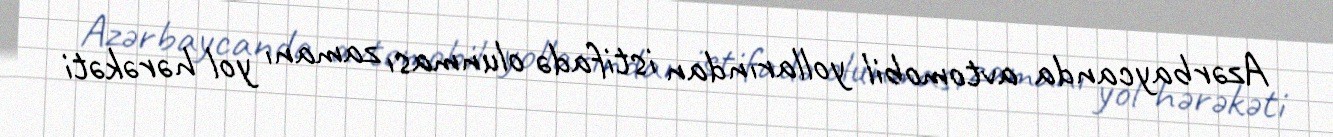
Azərbaycanda avtomobil yollarından istifadə olunması zamanı yol hərəkəti